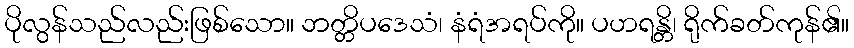
ပိုလွန်သည်လည်းဖြစ်သော။ ဘတ္တိပဒေသံ၊ နံရံအရပ်ကို။ ပဟရန္တိ၊ ရိုက်ခတ်ကုန်၏။